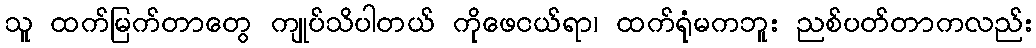
သူ ထက်မြက်တာတွေ ကျုပ်သိပါတယ် ကိုဖေငယ်ရာ၊ ထက်ရုံမကဘူး ညစ်ပတ်တာကလည်း